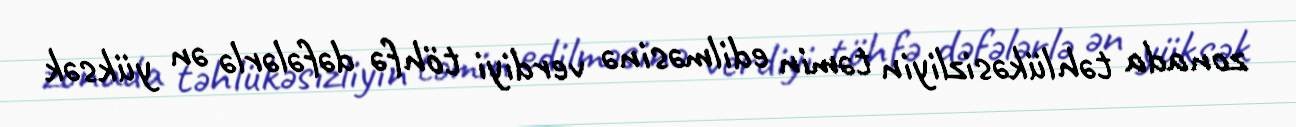
zonada təhlükəsizliyin təmin edilməsinə verdiyi töhfə dəfələrlə ən yüksək